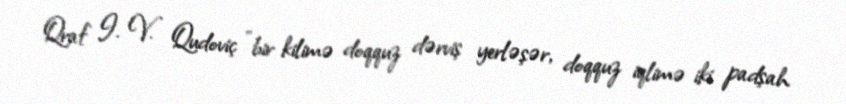
Qraf I. V. Qudoviç "bir kilimə doqquz dərviş yerləşər, doqquz iqlimə iki padşah